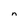
Character: n